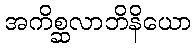
အကိစ္ဆလာဘိနိယော